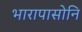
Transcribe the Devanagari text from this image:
भारापासोनि